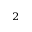
_ { 2 }